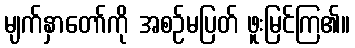
မျက်နှာတော်ကို အစဉ်မပြတ် ဖူးမြင်ကြ၏။